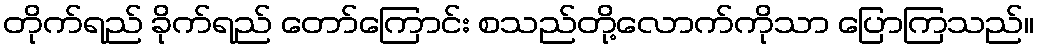
တိုက်ရည် ခိုက်ရည် တော်ကြောင်း စသည်တို့လောက်ကိုသာ ပြောကြသည်။